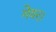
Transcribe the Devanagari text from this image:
गेयर।